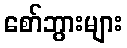
စော်ဘွားများ